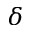
\delta